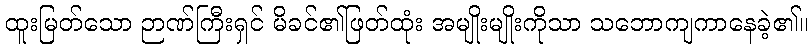
ထူးမြတ်သော ဉာဏ်ကြီးရှင် မိခင်၏ဖြတ်ထုံး အမျိုးမျိုးကိုသာ သဘောကျကာနေခဲ့၏။